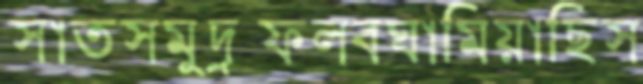
সাতসমুদ্রফলবঘামিয়াছিস